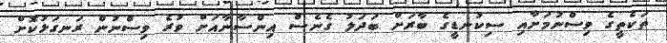
ތަކެތީގެ ވިސްނުމަށާއި ސިކުނޑީގެ ބާރަށް ބަދަލު ގެނެސް އިންސާނާއަށް ވުރެ ވިސްނުން ރަނގަޅުކޮށް